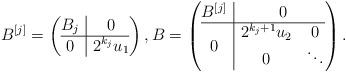
LaTeX: \begin{align*}B^{[j]} = \left(\begin{array}{@{}c|c@{}}B_j& 0 \\\hline 0 &2^{k_j}u_1 \end{array}\right),B=\left(\begin{array}{@{}c|c@{}}B^{[j]} & 0 \\\hline 0 & \begin{matrix} 2^{k_j+1}u_2 & 0 \\ 0 & \ddots \end{matrix}\end{array}\right).\end{align*}